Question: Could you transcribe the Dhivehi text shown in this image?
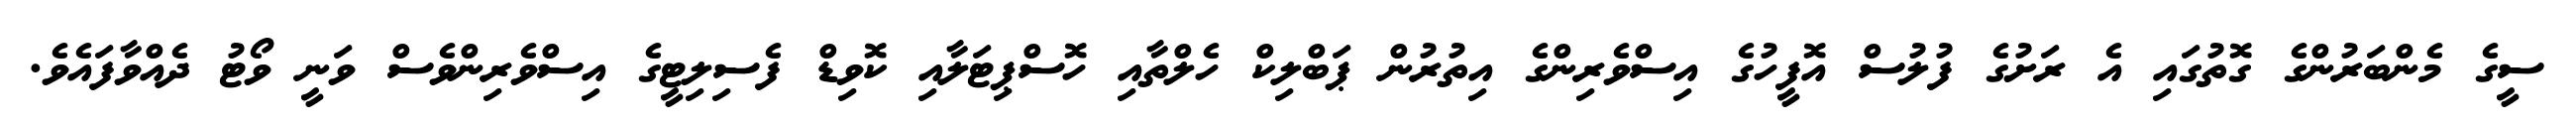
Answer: ސީގެ މެންބަރުންގެ ގޮތުގައި އެ ރަށުގެ ފުލުސް އޮފީހުގެ އިސްވެރިންގެ އިތުރުން ޕަބްލިކް ހެލްތާއި ހޮސްޕިޓަލާއި ކޮވިޑް ފެސިލިޓީގެ އިސްވެރިންވެސް ވަނީ ވޯޓު ދެއްވާފައެވެ.